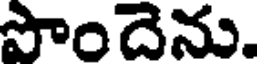
పొందెను.